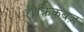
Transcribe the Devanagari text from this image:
है।क्रिकबज़